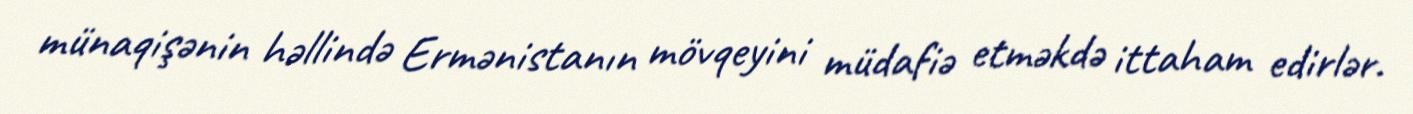
münaqişənin həllində Ermənistanın mövqeyini müdafiə etməkdə ittaham edirlər.